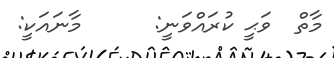
މާތް  ވަޙީ ކުރައްވަނީ:      މާނައަކީ: